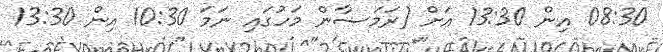
08:30 އިން 13:30 އަށް (ރަމަޟާން މަހުގައި ނަމަ 10:30 އިން 13:30